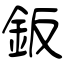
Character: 鈑